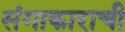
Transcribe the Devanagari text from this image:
संगाकाराची